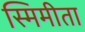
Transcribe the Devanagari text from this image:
स्मिमीता